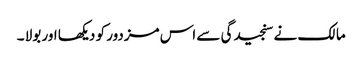
مالک نے سنجیدگی سے اس مزدور کو دیکھا اور بولا ۔